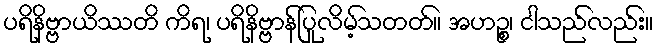
ပရိနိဗ္ဗာယိဿတိ ကိရ၊ ပရိနိဗ္ဗာန်ပြုလိမ့်သတတ်။ အဟဉ္စ၊ ငါသည်လည်း။